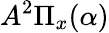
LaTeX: A^{2}\Pi_{x}(\alpha)